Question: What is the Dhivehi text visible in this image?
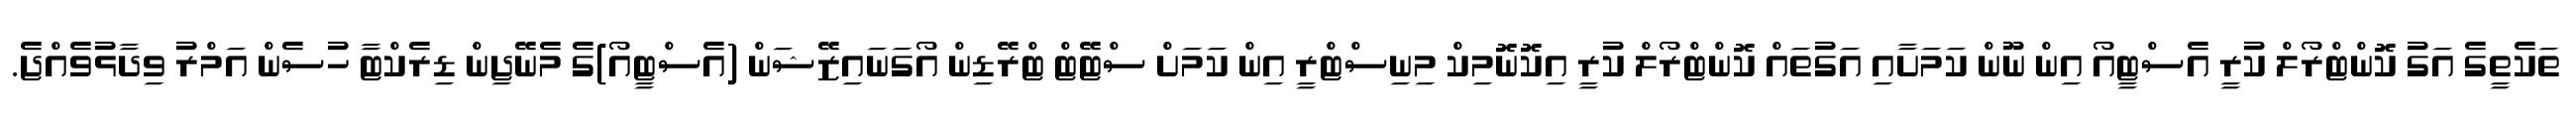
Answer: ތަކެތީގެ އަގު ކޮންޓްރޯލް ކުރީ އެސްޓީއޯ އިން ނޫން ކަމަށާއި އަގުތައް ކޮންޓްރޯލް ކުރީ އިކޮނޮމިކް މިނިސްޓްރީ އިން ކަމަށް ސްޓޭޓް ޓްރޭޑިން އޯގަނައިޒޭޝަން (އެސްޓީއޯ)ގެ މެނޭޖިން ޑިރެކްޓާ ހުސެން އަމްރު ވިދާޅުވެއްޖެ.